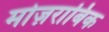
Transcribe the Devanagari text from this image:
मोज़राबिक